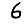
Digit: 6